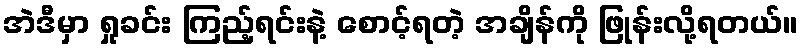
အဲဒီမှာ ရှုခင်း ကြည့်ရင်းနဲ့ စောင့်ရတဲ့ အချိန်ကို ဖြုန်းလို့ရတယ်။